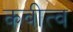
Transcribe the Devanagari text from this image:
कवीत्व